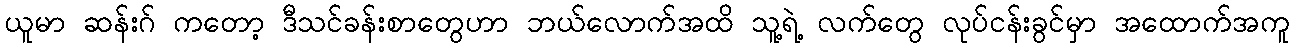
ယူမာ ဆန်းဂ် ကတော့ ဒီသင်ခန်းစာတွေဟာ ဘယ်လောက်အထိ သူ့ရဲ့ လက်တွေ လုပ်ငန်းခွင်မှာ အထောက်အကူ